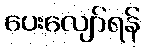
ပေးလျော်ရန်